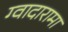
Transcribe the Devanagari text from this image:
ग्वादारामा